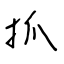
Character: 抓